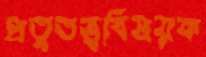
প্রত্নতত্ত্ববিষয়ক